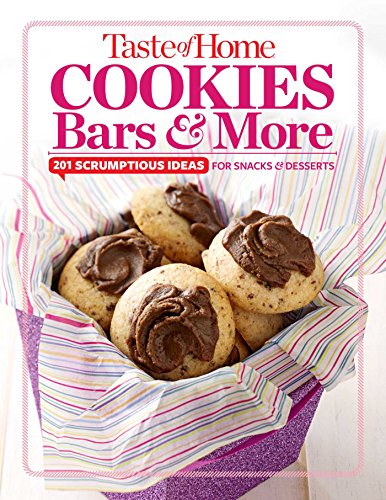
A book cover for Taste of Home Cookies, Bars and More: 201 Scrumptious Ideas for Snacks and Desserts (TOH 201 Series); Taste of Home Editors of Taste of Home; Cookbooks, Food & Wine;